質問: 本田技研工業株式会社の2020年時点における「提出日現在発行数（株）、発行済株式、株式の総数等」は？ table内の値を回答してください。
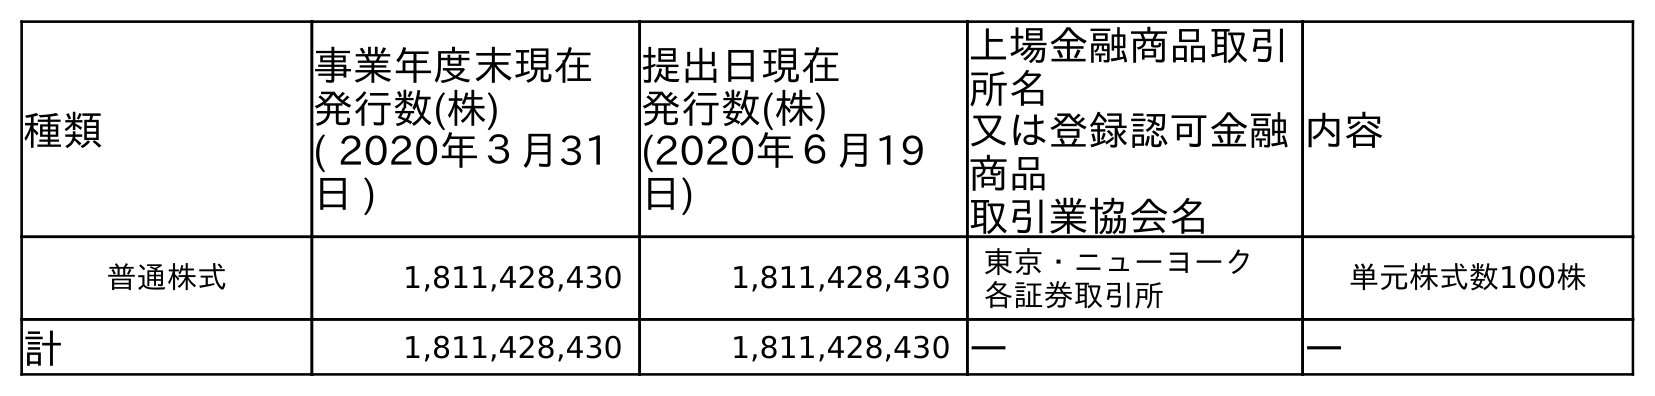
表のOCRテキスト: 種類 事業年度末現在 発行数(株) ( 2020年３月31 日 ) 提出日現在 発行数(株) (2020年６月19 日) 上場金融商品取引 所名 又は登録認可金融 商品 取引業協会名 内容 普通株式 1,811,428,430 1,811,428,430 東京・ニューヨーク 各証券取引所 単元株式数100株 計 1,811,428,430 1,811,428,430 ― ―
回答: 1,811,428,430